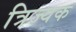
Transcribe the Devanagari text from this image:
त्रिज्यक